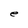
Character: e